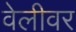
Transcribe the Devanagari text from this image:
वेलीवर